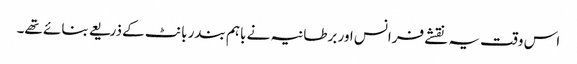
اس وقت یہ نقشے فرانس اور برطانیہ نے باہم بندر بانٹ کے ذریعے بنائے تھے۔